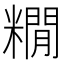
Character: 𮇻